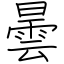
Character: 曇